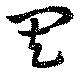
其